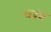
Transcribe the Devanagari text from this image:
स्वदंश